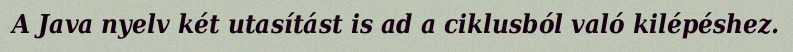
A Java nyelv két utasítást is ad a ciklusból való kilépéshez.